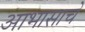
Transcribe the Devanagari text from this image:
आभासाचे